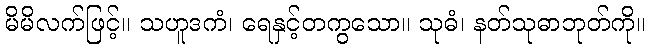
မိမိလက်ဖြင့်။ သဟူဒကံ၊ ရေနှင့်တကွသော။ သုဓံ၊ နတ်သုဓာဘုတ်ကို။